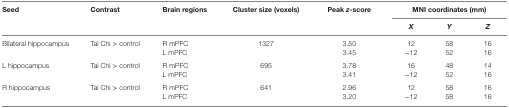
<table><thead><tr><td rowspan="2"><b>Seed</b></td><td rowspan="2"><b>Contrast</b></td><td rowspan="2"><b>Brain regions</b></td><td rowspan="2"><b>Cluster size (voxels)</b></td><td rowspan="2"><b>Peak <i>z</i>-score</b></td><td colspan="3"><b>MNI coordinates (mm)</b></td></tr><tr><td><b><i>X</i></b></td><td><b><i>Y</i></b></td><td><b><i>Z</i></b></td></tr></thead><tbody><tr><td rowspan="2">Bilateral hippocampus</td><td rowspan="2">Tai Chi &gt; control</td><td>R mPFC</td><td>1327</td><td>3.50</td><td>12</td><td>58</td><td>16</td></tr><tr><td>L mPFC</td><td></td><td>3.45</td><td>−12</td><td>52</td><td>16</td></tr><tr><td rowspan="2">L hippocampus</td><td rowspan="2">Tai Chi &gt; control</td><td>R mPFC</td><td>695</td><td>3.78</td><td>16</td><td>48</td><td>14</td></tr><tr><td>L mPFC</td><td></td><td>3.41</td><td>−12</td><td>52</td><td>16</td></tr><tr><td rowspan="2">R hippocampus</td><td rowspan="2">Tai Chi &gt; control</td><td>R mPFC</td><td>641</td><td>2.96</td><td>12</td><td>58</td><td>16</td></tr><tr><td>L mPFC</td><td></td><td>3.20</td><td>−12</td><td>58</td><td>16</td></tr></tbody></table>